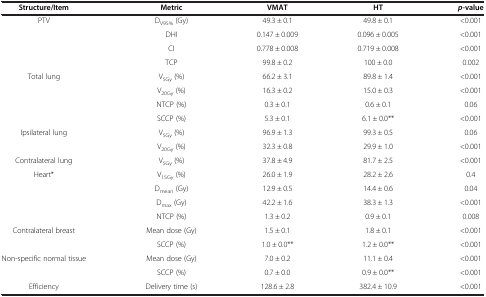
<table><thead><tr><td><b>Structure/Item</b></td><td><b>Metric</b></td><td><b>VMAT</b></td><td><b>HT</b></td><td><b><i>p</i>-value</b></td></tr></thead><tbody><tr><td rowspan="4">PTV</td><td>D<sub>V95%</sub> (Gy)</td><td>49.3 ± 0.1</td><td>49.8 ± 0.1</td><td>&lt;0.001</td></tr><tr><td>DHI</td><td>0.147 ± 0.009</td><td>0.096 ± 0.005</td><td>&lt;0.001</td></tr><tr><td>CI</td><td>0.778 ± 0.008</td><td>0.719 ± 0.008</td><td>&lt;0.001</td></tr><tr><td>TCP</td><td>99.8 ± 0.2</td><td>100 ± 0.0</td><td>0.002</td></tr><tr><td rowspan="4">Total lung</td><td>V<sub>5Gy</sub> (%)</td><td>66.2 ± 3.1</td><td>89.8 ± 1.4</td><td>&lt;0.001</td></tr><tr><td>V<sub>20Gy</sub> (%)</td><td>16.3 ± 0.2</td><td>15.0 ± 0.3</td><td>&lt;0.001</td></tr><tr><td>NTCP (%)</td><td>0.3 ± 0.1</td><td>0.6 ± 0.1</td><td>0.06</td></tr><tr><td>SCCP (%)</td><td>5.3 ± 0.1</td><td>6.1 ± 0.0**</td><td>&lt;0.001</td></tr><tr><td rowspan="2">Ipsilateral lung</td><td>V<sub>5Gy</sub> (%)</td><td>96.9 ± 1.3</td><td>99.3 ± 0.5</td><td>0.06</td></tr><tr><td>V<sub>20Gy</sub> (%)</td><td>32.3 ± 0.8</td><td>29.9 ± 1.0</td><td>&lt;0.001</td></tr><tr><td>Contralateral lung</td><td>V<sub>5Gy</sub> (%)</td><td>37.8 ± 4.9</td><td>81.7 ± 2.5</td><td>&lt;0.001</td></tr><tr><td rowspan="4">Heart*</td><td>V<sub>15Gy</sub> (%)</td><td>26.0 ± 1.9</td><td>28.2 ± 2.6</td><td>0.4</td></tr><tr><td>D<sub>mean</sub> (Gy)</td><td>12.9 ± 0.5</td><td>14.4 ± 0.6</td><td>0.04</td></tr><tr><td>D<sub>max</sub> (Gy)</td><td>42.2 ± 1.6</td><td>38.3 ± 1.3</td><td>&lt;0.001</td></tr><tr><td>NTCP (%)</td><td>1.3 ± 0.2</td><td>0.9 ± 0.1</td><td>0.008</td></tr><tr><td rowspan="2">Contralateral breast</td><td>Mean dose (Gy)</td><td>1.5 ± 0.1</td><td>1.8 ± 0.1</td><td>&lt;0.001</td></tr><tr><td>SCCP (%)</td><td>1.0 ± 0.0**</td><td>1.2 ± 0.0**</td><td>&lt;0.001</td></tr><tr><td rowspan="2">Non-specific normal tissue</td><td>Mean dose (Gy)</td><td>7.0 ± 0.2</td><td>11.1 ± 0.4</td><td>&lt;0.001</td></tr><tr><td>SCCP (%)</td><td>0.7 ± 0.0</td><td>0.9 ± 0.0**</td><td>&lt;0.001</td></tr><tr><td>Efficiency</td><td>Delivery time (s)</td><td>128.6 ± 2.8</td><td>382.4 ± 10.9</td><td>&lt;0.001</td></tr></tbody></table>